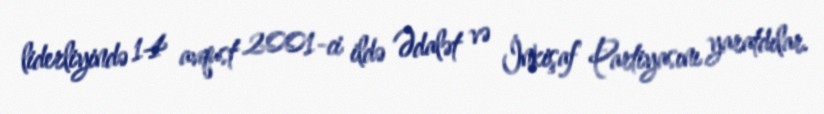
liderliyində 14 avqust 2001-ci ildə Ədalət və İnkişaf Partiyasını yaratdılar.